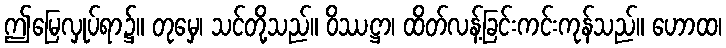
ဤမြေလှုပ်ရာ၌။ တုမှေ၊ သင်တို့သည်။ ဝိဿဋ္ဌာ၊ ထိတ်လန့်ခြင်းကင်းကုန်သည်။ ဟောထ၊